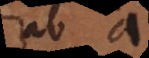
ab a